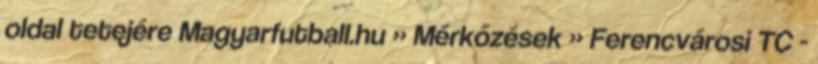
oldal tetejére Magyarfutball.hu » Mérkőzések » Ferencvárosi TC -